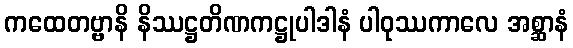
ကထေတဗ္ဗာနိ နိဿဋ္ဌတိဏကဋ္ဌုပါဒါနံ ပါဝုဿကာလေ အစ္ဆာနံ